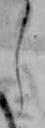
し